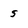
Character: 5